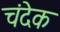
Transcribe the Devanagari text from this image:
चंदेक